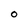
Character: O